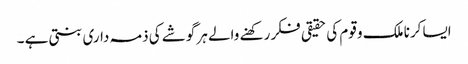
ایسا کرنا ملک و قوم کی حقیقی فکر رکھنے والے ہر گوشے کی ذمہ داری بنتی ہے ۔